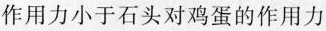
的作用力小于石头对鸡蛋的作用力